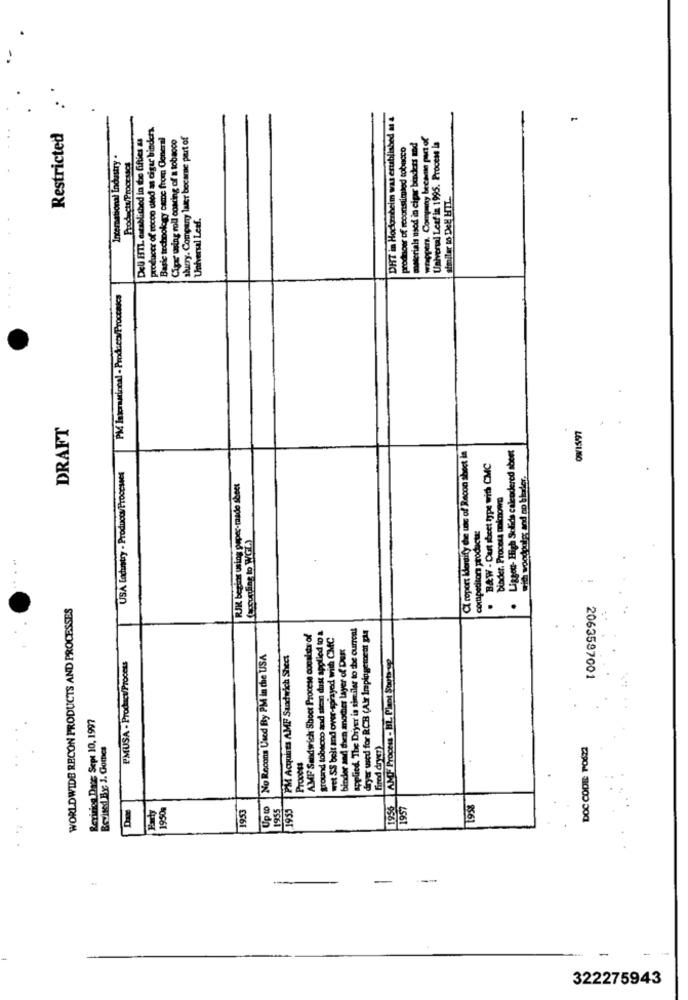
producer of cocoo used as cigar binders
DHT in Hockenheim was established m
Restricted
DeU HTL established in the fifties &s
Basic technology come from General
Cip' using roll coating of a tobacco
shurry. Company later became part of
prodnoer of reconstituted tobacco
materials nsod in cigar binders mod
Universal Leaf in 1995. Process
International Industry .
Product/Processch
wtopers. Company b
similar to Del HIL.
Universal Lesf.
PM Intencional - Products/Proctaks
DRAFT
OW15/97
. Liggett- High Solids calendered sheet
CI roport kertify the tie of Recon sheet in
. B&W - Cut sbeet type with CMC
USA Ladustry - Products/ Processes
with woodpolg; and no blader.
RJK begins using paper- made sheet
Diader, Process moknown
competitor products:
(Cocuging to WGL.)
WORLDWIDE RECON PRODUCTS AND PROCESSES
ground tobacco and stem dust applied to a
applied. The Dryer is similar to the current
dryer used for RCB (Air Impinge toett pla
AMF Sandwich Shoot Procese cocalots of
wet SS bolt and over-sprayed with CMC
binder and then another layer of Dust
No Recons Used By PM in the USA
PM Acquires AMF Sandwich Sheet
1956 AM Process - BIL. Plent Stub yp
PMUSA - Product/Process
2063597001
Reyiring Dass Sept 10, 1997
Revised By J. Gomes
Fired dryer)
DOC CODE POSZT
Da
1950g
1953
Up to
1955
1955
1957
1958
---
322275943